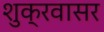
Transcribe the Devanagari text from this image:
शुक्रवासर